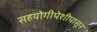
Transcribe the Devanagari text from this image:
सहयोगीपेशीपासून